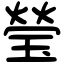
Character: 瑩